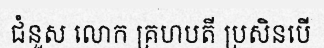
ជំនួស លោក គ្រហបតី ប្រសិនបើ